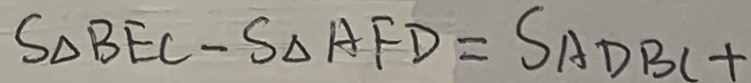
S _ { \Delta B E C } - S _ { \Delta } A F D = S A D B C +